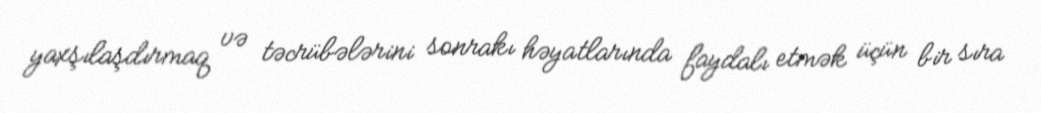
yaxşılaşdırmaq və təcrübələrini sonrakı həyatlarında faydalı etmək üçün bir sıra